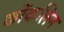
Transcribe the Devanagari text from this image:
कोंकलिन